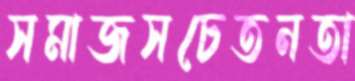
সমাজসচেতনতা